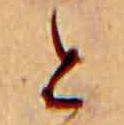
と